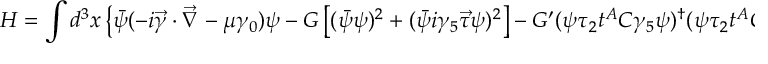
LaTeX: H = \int d ^ { 3 } x \left\{ \bar { \psi } ( - i \vec { \gamma } \cdot \vec { \nabla } - \mu \gamma _ { 0 } ) \psi - G \left[ ( \bar { \psi } \psi ) ^ { 2 } + ( \bar { \psi } i \gamma _ { 5 } \vec { \tau } \psi ) ^ { 2 } \right] - G ^ { \prime } ( \psi \tau _ { 2 } t ^ { A } C \gamma _ { 5 } \psi ) ^ { \dagger } ( \psi \tau _ { 2 } t ^ { A } C \gamma _ { 5 } \psi ) \right\}